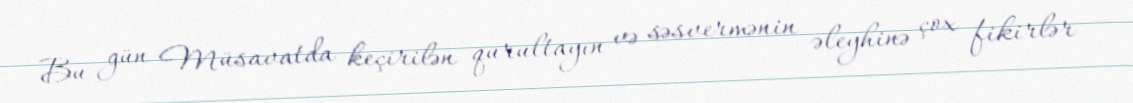
Bu gün Müsavatda keçirilən qurultayın və səsvermənin əleyhinə çox fikirlər